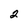
Character: 2